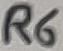
Text: R5